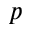
p